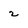
Character: 2